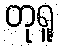
တုရူ